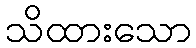
သိထားသော